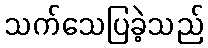
သက်သေပြခဲ့သည်